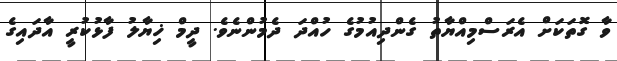
ވާ ގޮތަކަށް އެރަސްމިއްޔާތު ގެންދިއުމުގެ ހުއްދަ ދެމުންނެވެ. ދީމް ޚިޔާލު ފާޅުކުރީ އާދައިގެ